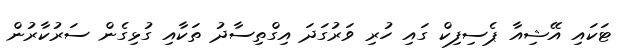
ޓަކައި އޭޝިއާ ޕެސިފިކް ގައި ހުރި ވަރުގަދަ އިގްތިސާދު ތަކާއި ގުޅިގެން ސަރުކާރުން